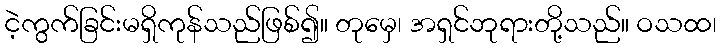
ငဲ့ကွက်ခြင်းမရှိကုန်သည်ဖြစ်၍။ တုမှေ၊ အရှင်ဘုရားတို့သည်။ ဝသထ၊